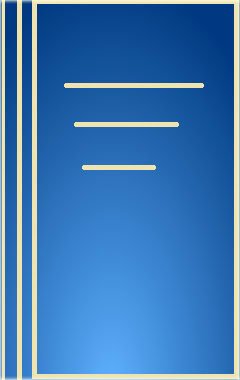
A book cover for Medical Typing and Transcribing: Techniques and Procedures; Marcy Otis Diehl; Medical Books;